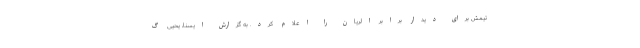
تیمش برای دیدار برابر الریان را اعلام کرد. به گزارش ایسنا، یحیی گ